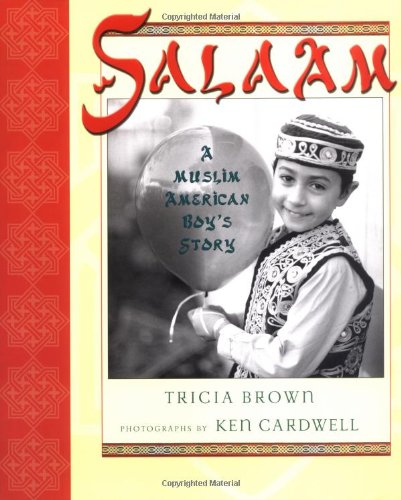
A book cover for Salaam: A Muslim American Boy's Story; Tricia Brown; Children's Books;